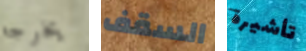
يخرجه السقف تأشيرة